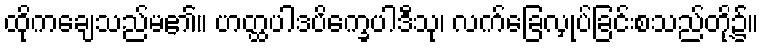
ထိုကချေသည်မ၏။ ဟတ္ထပါဒပိက္ခေပါဒီသု၊ လက်ခြေလှုပ်ခြင်းစသည်တို့၌။